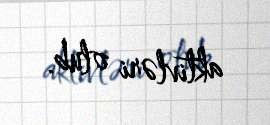
aktivləri olub.